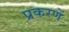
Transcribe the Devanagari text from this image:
प्रकरणें